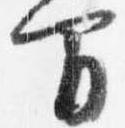
間